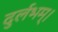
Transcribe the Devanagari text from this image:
दुर्लभम्।